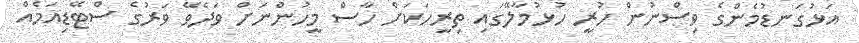
އަޅުގަނޑުމެންގެ ވިސްނުން ހުރީ ހުޅުމާލޭގައި ތިރީހަކަށް ހާސް މީހުންނަށް ވަދެވޭ ވަރުގެ ސްޓޭޑިއަމެއް